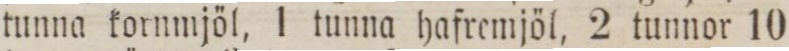
tunna kornmjöl, 1 tunna hafremjöl, 2 tunnor 10